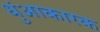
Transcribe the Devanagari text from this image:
धुंआकारक